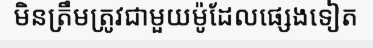
មិនត្រឹមត្រូវជាមួយម៉ូដែលផ្សេងទៀត